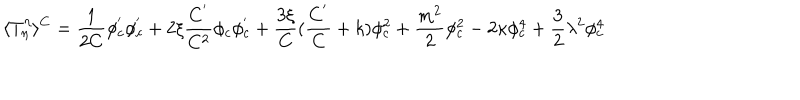
\langle T _ { \eta } ^ { \eta } \rangle ^ { C } = \frac 1 { 2 C } \phi _ { c } ^ { ^ { \prime } } \phi _ { c } ^ { ^ { \prime } } + 2 \xi \frac { C ^ { ^ { \prime } } } { C ^ { 2 } } \phi _ { c } \phi _ { c } ^ { ^ { \prime } } + \frac { 3 \xi } C ( \frac { C ^ { ^ { \prime } } } C + k ) \phi _ { c } ^ { 2 } + \frac { m ^ { 2 } } 2 \phi _ { c } ^ { 2 } - 2 \kappa \phi _ { c } ^ { 4 } + \frac 3 2 \lambda ^ { 2 } \phi _ { c } ^ { 4 }